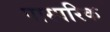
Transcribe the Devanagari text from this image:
पास्‍परिक